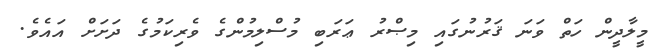
މީލާދީން ހަތް ވަނަ ޤަރުނުގައި މިޞްރު ޢަރަބި މުސްލިމުންގެ ވެރިކަމުގެ ދަށަށް އައެވެ.